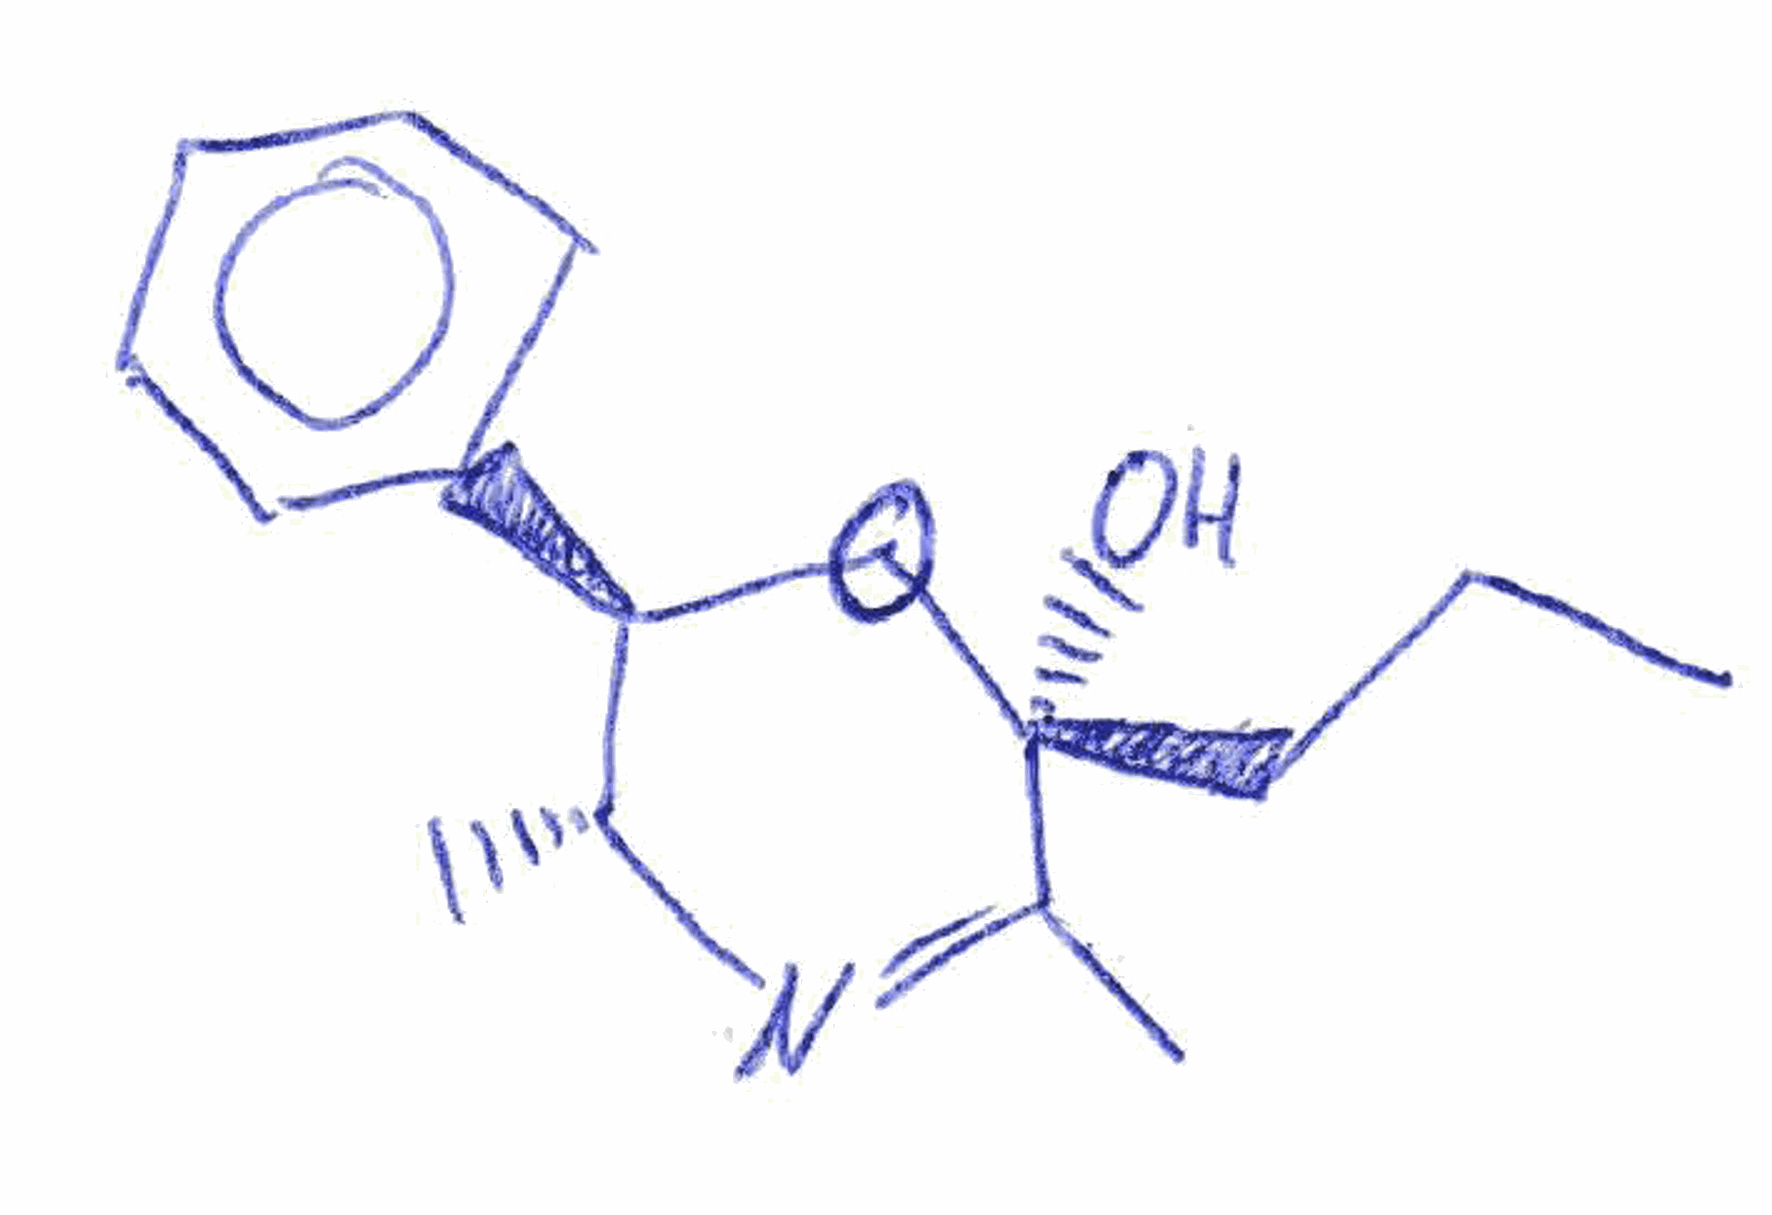
Simplified molecular-input line-entry system (SMILES) notation of the given molecule:
CCC[C@]1(C(=N[C@@H]([C@H](O1)C2=CC=CC=C2)C)C)O